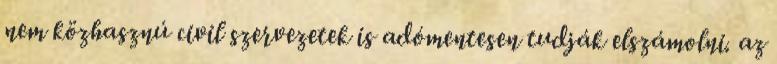
nem közhasznú civil szervezetek is adómentesen tudják elszámolni. az